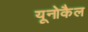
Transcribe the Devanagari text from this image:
यूनोकैल